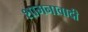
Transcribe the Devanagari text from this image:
शामनावादी